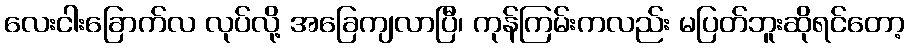
လေးငါးခြောက်လ လုပ်လို့ အခြေကျလာပြီ၊ ကုန်ကြမ်းကလည်း မပြတ်ဘူးဆိုရင်တော့